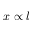
x \propto l